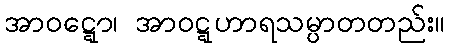
အာဝဋ္ဋော၊ အာဝဋ္ဋဟာရသမ္ပာတတည်း။